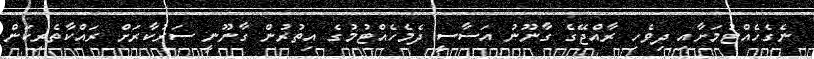
ނެގެހެއްޓުމަށާއި ދިވެހި ރާއްޖޭގެ ގާނޫނު އަސާސީ ދެމެހެއްޓުމުގެ އިތުރުން ގާނޫނީ ސަރުކާރަށް ރައްކާތެރިކަން